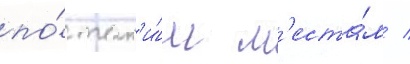
по́ так'и́м м'еста́м /